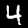
Digit: 4